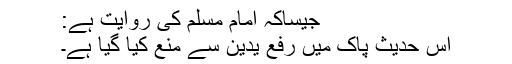
جیساکہ امام مسلم کی روایت ہے:
اس حدیث پاک میں رفع یدین سے منع کیا گیا ہے۔